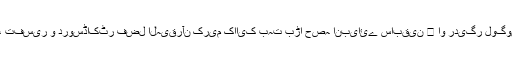
حضرت ابراہیم کی قربانی، تفسیر و دروسڈاکٹر فضل الٰہیقرآن کریم کاایک بہت بڑا حصہ انبیائے سابقین ﷩ او ردیگر لوگوں کے قصوں پر مشتمل ہے۔